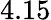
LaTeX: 4.15